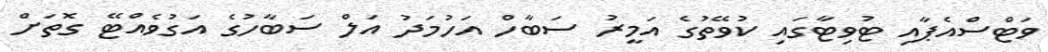
ވަޓްސްއެޕާއި ޓުވިޓާގައި ކުވޭތުގެ އަމީރު ސަބާހް އަހުމަދު އަލް ސަބާހުގެ އަގުވެއްޓޭ ގޮތަށް